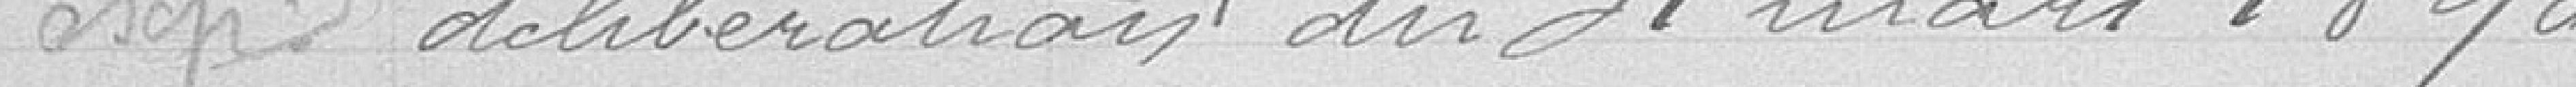
délibération du 31 mars 1890.